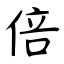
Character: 倍